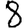
Digit: 8